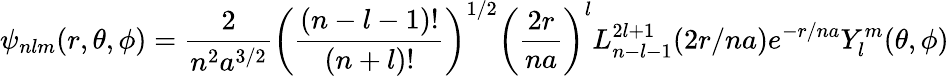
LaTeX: \psi_{nlm}(r,\theta,\phi)=\frac{2}{n^{2}a^{3/2}}\left(\frac{(n-l-1)!}{(n+l)!}\right)^{1/2}\left(\frac{2r}{na}\right)^{l}L_{n-l-1}^{2l+1}(2r/na)e^{-r/na}Y_{l}^{m}(\theta,\phi)